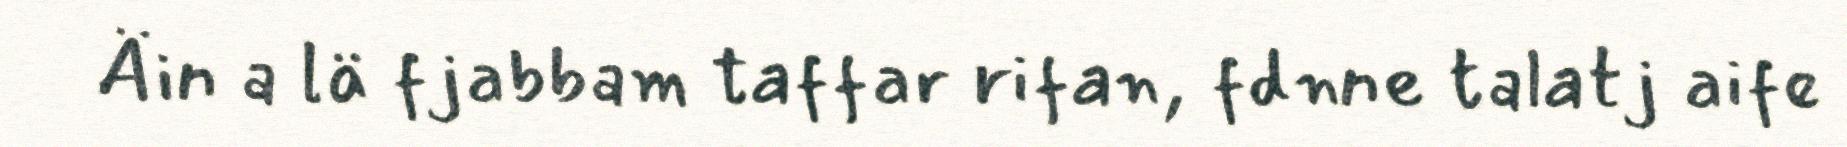
Äin a lä fjabbam taffar rifan, fdnne talatj aife